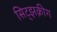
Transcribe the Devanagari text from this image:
सिट्झक्रीग